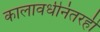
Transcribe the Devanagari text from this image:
कालावधीनंतरही